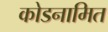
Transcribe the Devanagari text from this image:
कोडनामित